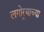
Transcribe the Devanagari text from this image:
लगोर्‍याच्या